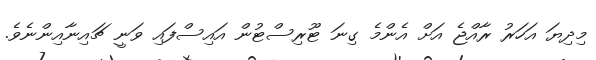
މިދިޔަ އަހަރު ރާއްޖެ އަށް އެންމެ ގިނަ ޓޫރިސްޓުން އައިސްފައި ވަނީ ޗައިނާއިންނެވެ.